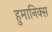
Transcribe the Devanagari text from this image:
हुमानिक्स